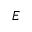
E